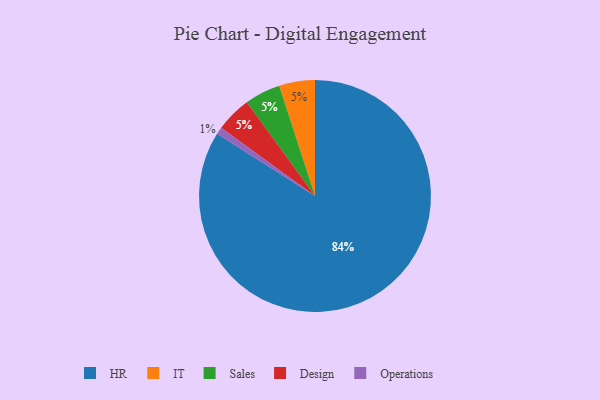
{"axis": {"x": "Category", "y": "Percentage"}, "legend": ["Design", "HR", "IT", "Operations", "Sales"], "data": [{"x": "HR", "y": 84, "type": "HR"}, {"x": "IT", "y": 5, "type": "IT"}, {"x": "Sales", "y": 5, "type": "Sales"}, {"x": "Operations", "y": 1, "type": "Operations"}, {"x": "Design", "y": 5, "type": "Design"}]}